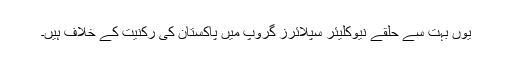
یوں بہت سے حلقے نیوکلیئر سپلائرز گروپ میں پاکستان کی رکنیت کے خلاف ہیں۔